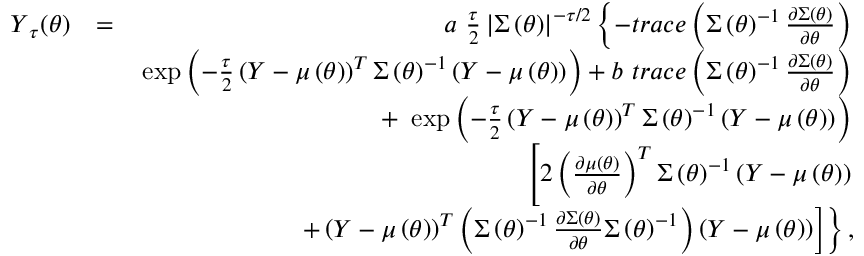
\begin{array} { r l r } { \boldsymbol { Y } _ { \tau } ( \boldsymbol { \theta } ) } & { = } & { a \mathrm { ~ } \frac { \tau } { 2 } \left\vert \boldsymbol { \Sigma } \left( \boldsymbol { \theta } \right) \right\vert ^ { - \tau / 2 } \left\{ - t r a c e \left( \boldsymbol { \Sigma } \left( \boldsymbol { \theta } \right) ^ { - 1 } \frac { \partial \boldsymbol { \Sigma } \left( \boldsymbol { \theta } \right) } { \partial \boldsymbol { \theta } } \right) \right. } \\ & { } & { \left. \exp \left( - \frac { \tau } { 2 } \left( \boldsymbol { Y } - \boldsymbol { \mu } \left( \boldsymbol { \theta } \right) \right) ^ { T } \boldsymbol { \Sigma } \left( \boldsymbol { \theta } \right) ^ { - 1 } \left( \boldsymbol { Y } - \boldsymbol { \mu } \left( \boldsymbol { \theta } \right) \right) \right) + b \mathrm { ~ } t r a c e \left( \boldsymbol { \Sigma } \left( \boldsymbol { \theta } \right) ^ { - 1 } \frac { \partial \boldsymbol { \Sigma } \left( \boldsymbol { \theta } \right) } { \partial \boldsymbol { \theta } } \right) \right. } \\ & { } & { \left. + \mathrm { ~ } \exp \left( - \frac { \tau } { 2 } \left( \boldsymbol { Y } - \boldsymbol { \mu } \left( \boldsymbol { \theta } \right) \right) ^ { T } \boldsymbol { \Sigma } \left( \boldsymbol { \theta } \right) ^ { - 1 } \left( \boldsymbol { Y } - \boldsymbol { \mu } \left( \boldsymbol { \theta } \right) \right) \right) \right. } \\ & { } & { \left[ 2 \left( \frac { \partial \boldsymbol { \mu } \left( \boldsymbol { \theta } \right) } { \partial \boldsymbol { \theta } } \right) ^ { T } \boldsymbol { \Sigma } \left( \boldsymbol { \theta } \right) ^ { - 1 } \left( \boldsymbol { Y } - \boldsymbol { \mu } \left( \boldsymbol { \theta } \right) \right) \right. } \\ & { } & { \left. \left. + \left( \boldsymbol { Y } - \boldsymbol { \mu } \left( \boldsymbol { \theta } \right) \right) ^ { T } \left( \boldsymbol { \Sigma } \left( \boldsymbol { \theta } \right) ^ { - 1 } \frac { \partial \boldsymbol { \Sigma } \left( \boldsymbol { \theta } \right) } { \partial \boldsymbol { \theta } } \boldsymbol { \Sigma } \left( \boldsymbol { \theta } \right) ^ { - 1 } \right) \left( \boldsymbol { Y } - \boldsymbol { \mu } \left( \boldsymbol { \theta } \right) \right) \right] \right\} , } \end{array}